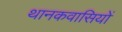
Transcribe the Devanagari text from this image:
थानकवासियों